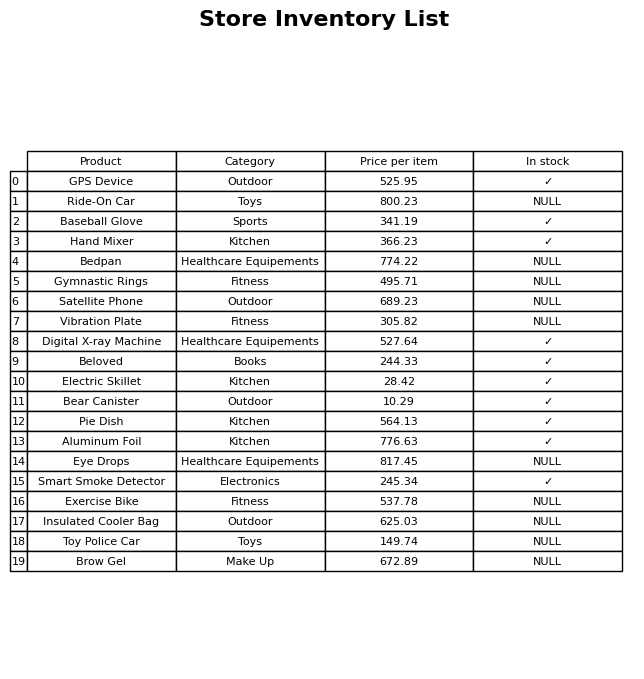
question: What is the price of the Pie Dish?
answer: The price of Pie Dish is 564.13.